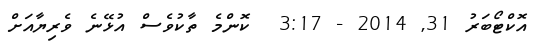
އޮކްޓޯބަރު 31